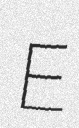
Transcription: E